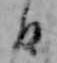
日